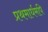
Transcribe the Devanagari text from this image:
प्रथमार्धमपि